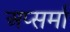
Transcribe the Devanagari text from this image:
अप्सर्मा